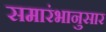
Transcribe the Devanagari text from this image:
समारंभानुसार